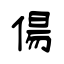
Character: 偒